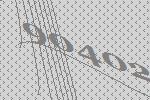
90402